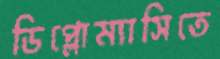
ডিপ্লোম্যাসিতে